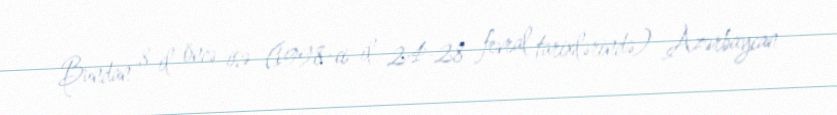
Bundan 8 il öncə isə (1998-ci il 24-28 fevral tarixlərində) Azərbaycan